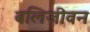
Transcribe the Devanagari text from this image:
बलिजीवन